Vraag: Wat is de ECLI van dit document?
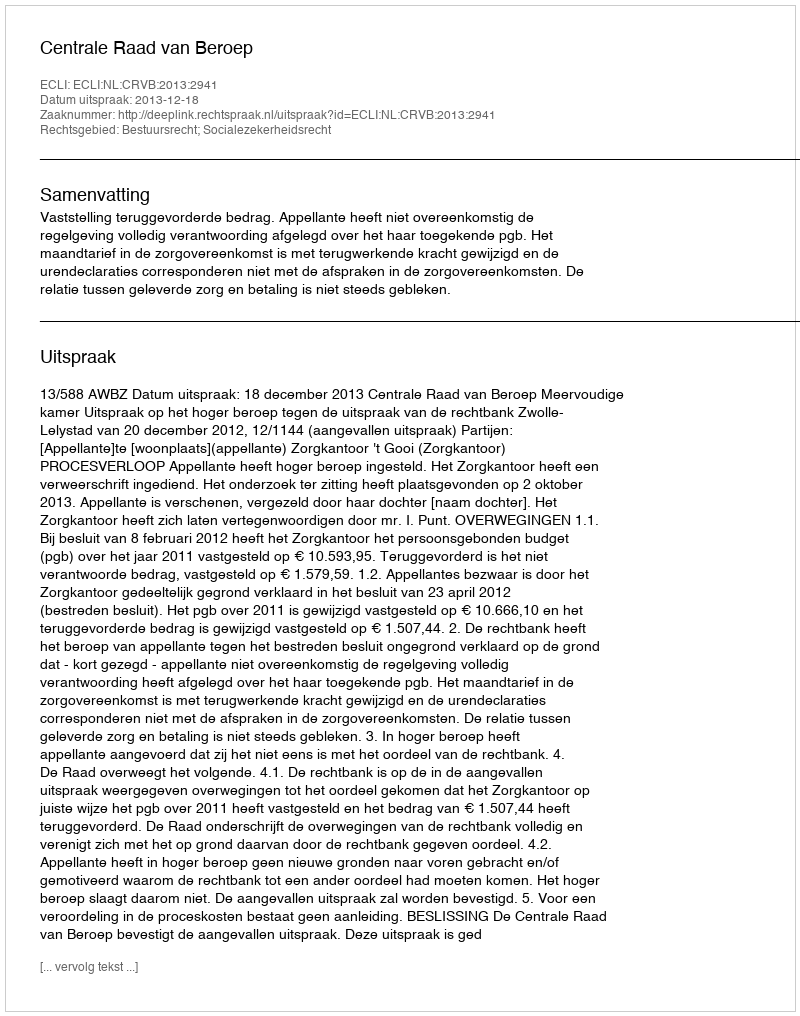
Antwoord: ECLI:NL:CRVB:2013:2941